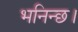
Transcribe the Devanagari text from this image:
भनिन्छ।